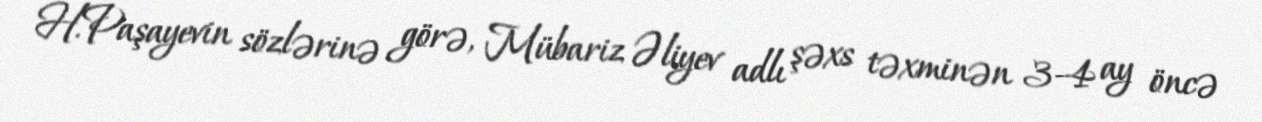
H.Paşayevin sözlərinə görə, Mübariz Əliyev adlı şəxs təxminən 3-4 ay öncə